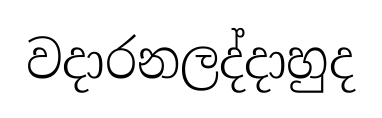
වදාරනලද්දාහුද